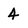
Character: 4